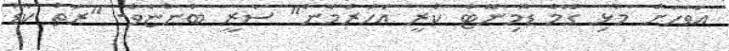
އަވަހަށް މުޅި ގޭމް ޑޮމިނޭޓް ކުރީ އަހަރެމެން" ސާރީ ބުންޏެވެ. "ރަތް ކާޑު